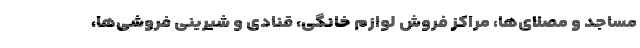
مساجد و مُصلای‌ها، مراکز فروش لوازم خانگی، قنادی و شیرینی فروشی‌ها،